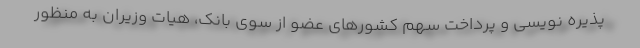
پذیره نویسی و پرداخت سهم کشورهای عضو از سوی بانک، هیات وزیران به منظور